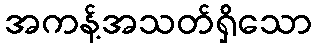
အကန့်အသတ်ရှိသော